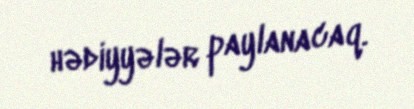
hədiyyələr paylanacaq.